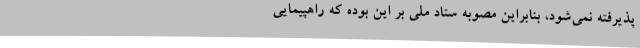
پذیرفته نمی‌شود، بنابراین مصوبه ستاد ملی بر این بوده که راهپیمایی